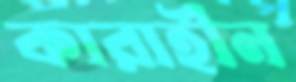
কারাহীন